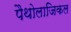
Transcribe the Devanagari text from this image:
पैथोलाजिकल